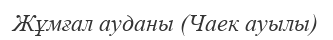
Жұмғал ауданы (Чаек ауылы)